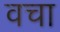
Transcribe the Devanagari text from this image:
वचा